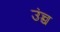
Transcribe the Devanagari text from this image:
उंच्च